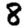
Digit: 8